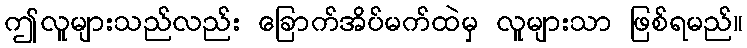
ဤလူများသည်လည်း ခြောက်အိပ်မက်ထဲမှ လူများသာ ဖြစ်ရမည်။